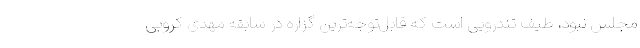
مجلس نبود، طیف تندرویی است که قابل‌توجه‌ترین گزاره در سابقه مهدی کروبی